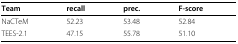
<table><thead><tr><td><b>Team</b></td><td><b>recall</b></td><td><b>prec.</b></td><td><b>F-score</b></td></tr></thead><tbody><tr><td>NaCTeM</td><td>52.23</td><td>53.48</td><td>52.84</td></tr><tr><td>TEES-2.1</td><td>47.15</td><td>55.78</td><td>51.10</td></tr></tbody></table>